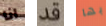
انا قد بها